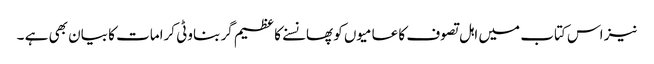
نیز اس کتاب میں اہل تصوف کا عامیوں کو پھانسنے کا عظیم گر بناوٹی کرامات کا بیان بھی ہے ۔